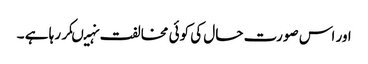
اور اس صورت حال کی کوئی مخالفت نہیںکر رہا ہے ۔